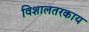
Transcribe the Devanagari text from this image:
विशालतरकाय